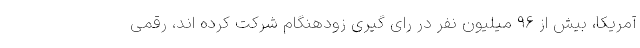
آمریکا، بیش از ۹۶ میلیون نفر در رای گیری زودهنگام شرکت کرده اند، رقمی